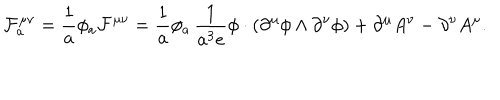
LaTeX: { \cal F } _ { a } ^ { \mu \nu } = \frac { 1 } { a } \phi _ { a } { \cal F } ^ { \mu \nu } = \frac { 1 } { a } \phi _ { a } \, \frac { 1 } { a ^ { 3 } e } \phi \cdot ( \partial ^ { \mu } \phi \wedge \partial ^ { \nu } \phi ) + \partial ^ { \mu } A ^ { \nu } - \partial ^ { \nu } A ^ { \mu } .